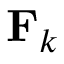
\mathbf { F } _ { k }